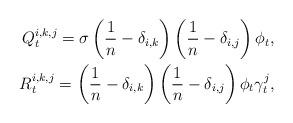
LaTeX: \begin{align*}Q^{i,k,j}_t=\sigma\left(\frac{1}{n}-\delta_{i,k}\right)\left(\frac{1}{n}-\delta_{i,j}\right)\phi_t,\\R^{i,k,j}_t= \left(\frac{1}{n}-\delta_{i,k}\right)\left(\frac{1}{n}-\delta_{i,j}\right)\phi_{t} \gamma^j_t ,\end{align*}